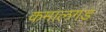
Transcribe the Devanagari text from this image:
कमालगड